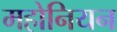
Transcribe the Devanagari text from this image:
महोनियन